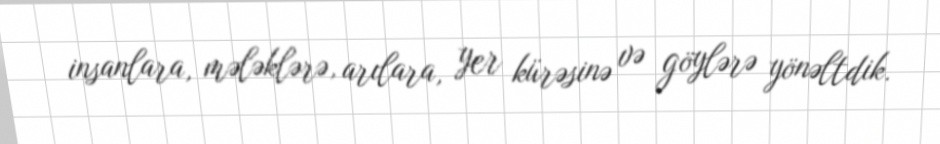
insanlara, mələklərə, arılara, yer kürəsinə və göylərə yönəltdik.